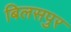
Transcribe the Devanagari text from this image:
बिलसपुर